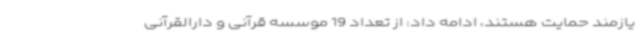
یازمند حمایت هستند، ادامه داد: از تعداد 19 موسسه قرآنی و دارالقرآنی